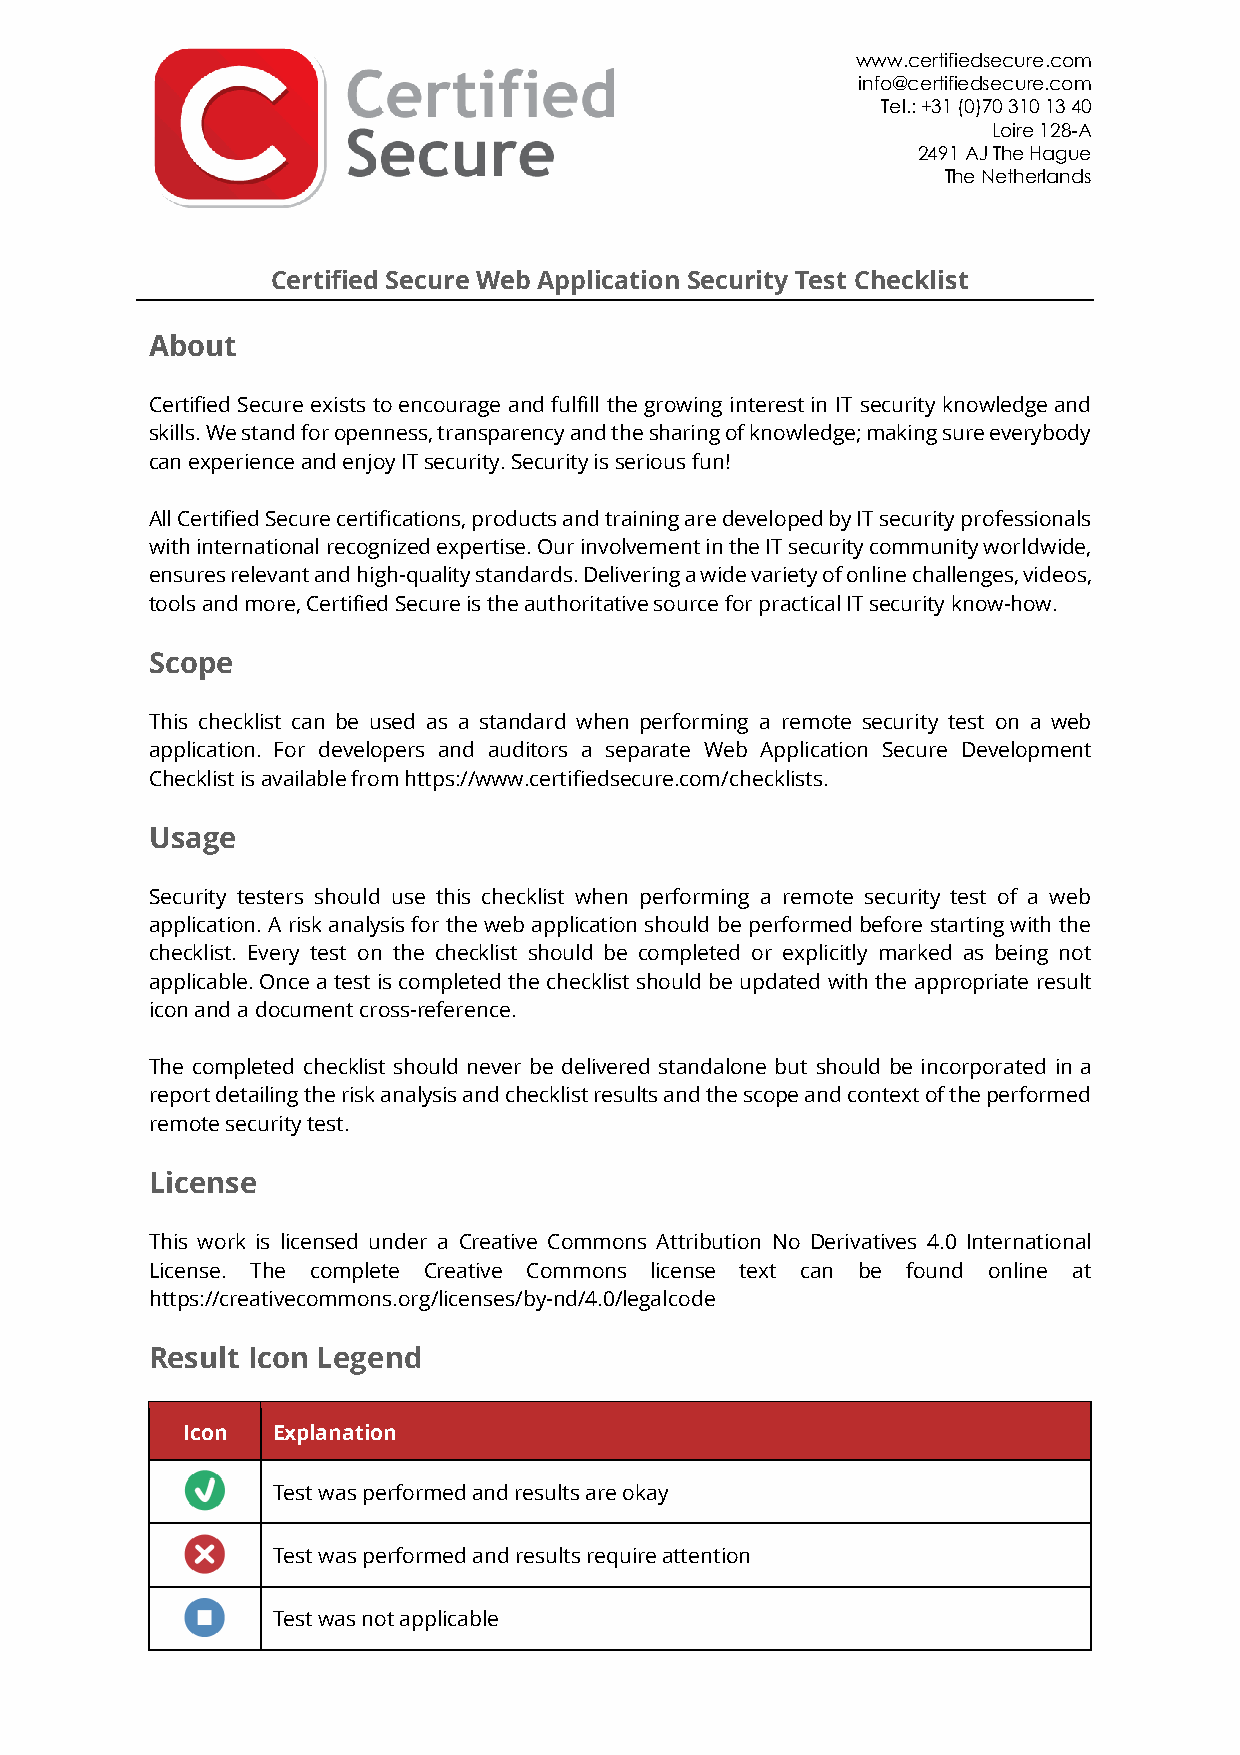
www.certifiedsecure.com
 info@certifiedsecure.com
 Tel.: +31 (0)70 310 13 40
 Loire 128-A
 2491 AJ The Hague
 The Netherlands
 Certified Secure Web Application Security Test Checklist
 About
 Certified Secure exists to encourage and fulfill the growing interest in IT security knowledge and
 skills. We stand for openness, transparency and the sharing of knowledge; making sure everybody
 can experience and enjoy IT security. Security is serious fun!
 All Certified Secure certifications, products and training are developed by IT security professionals
 with international recognized expertise. Our involvement in the IT security community worldwide,
 ensures relevant and high-quality standards. Delivering a wide variety of online challenges, videos,
 tools and more, Certified Secure is the authoritative source for practical IT security know-how.
 Scope
 This checklist can be used as a standard when performing a remote security test on a web
 application. For developers and auditors a separate Web Application Secure Development
 Checklist is available from https://www.certifiedsecure.com/checklists.
 Usage
 Security testers should use this checklist when performing a remote security test of a web
 application. A risk analysis for the web application should be performed before starting with the
 checklist. Every test on the checklist should be completed or explicitly marked as being not
 applicable. Once a test is completed the checklist should be updated with the appropriate result
 icon and a document cross-reference.
 The completed checklist should never be delivered standalone but should be incorporated in a
 report detailing the risk analysis and checklist results and the scope and context of the performed
 remote security test.
 License
 This work is licensed under a Creative Commons Attribution No Derivatives 4.0 International
 License. The complete Creative Commons license text can be found online at
 https://creativecommons.org/licenses/by-nd/4.0/legalcode
 Result Icon Legend
 Icon  Explanation
 Test was performed and results are okay
 Test was performed and results require attention
 Test was not applicable